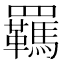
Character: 羈